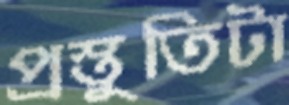
প্রস্তুতিটা